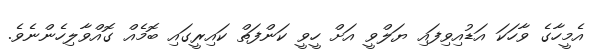
އެމީހާގެ ވާހަކަ އަޑުއިވިފައި ޔަލްވީ އަށް ހީވީ ކަންފަތް ކައިރީގައި ބޮމެއް ގޮއްވާލިހެންނެވެ.